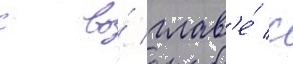
с во́ глав'е́ с